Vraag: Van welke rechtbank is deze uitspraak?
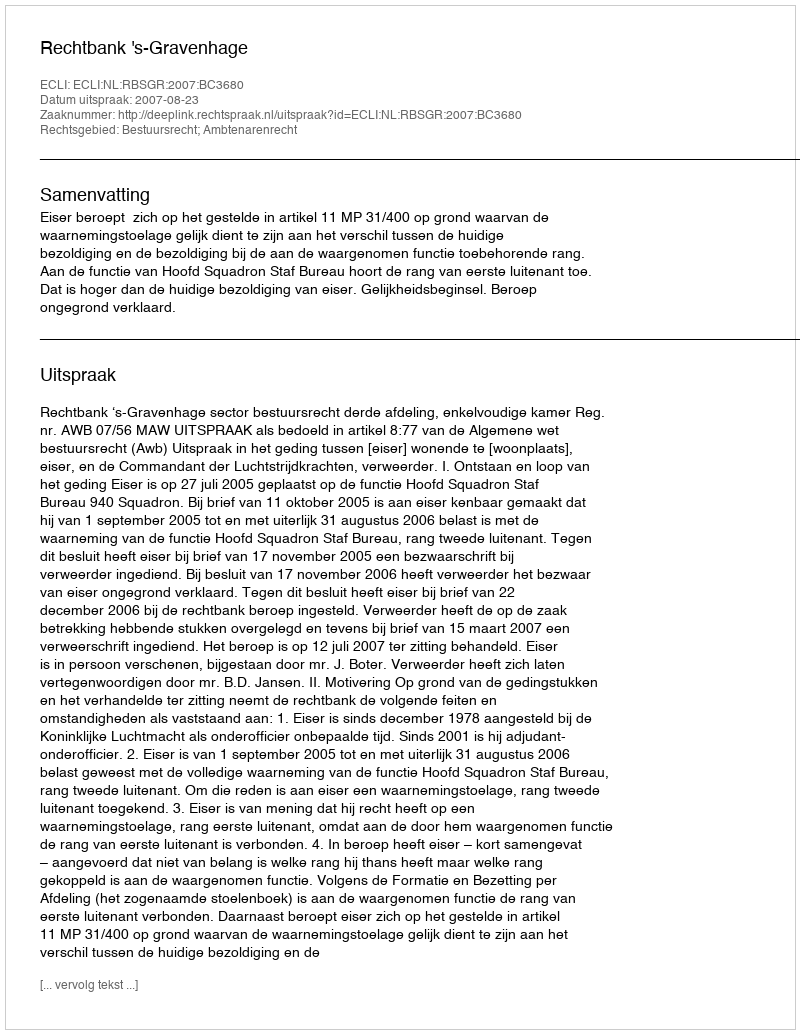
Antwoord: Rechtbank 's-Gravenhage